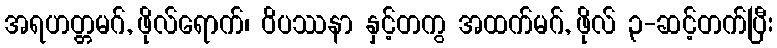
အရဟတ္တမဂ်, ဖိုလ်ရောက်၊ ဝိပဿနာ နှင့်တကွ အထက်မဂ်, ဖိုလ် ၃-ဆင့်တက်ပြီး